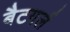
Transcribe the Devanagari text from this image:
बैटगर्ल